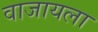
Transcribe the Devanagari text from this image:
वाजायला